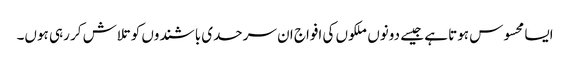
ایسا محسوس ہوتا ہے جیسے دونوں ملکوں کی افواج ان سرحدی باشندوں کو تلاش کر رہی ہوں۔